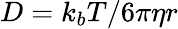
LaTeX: D=k_{b}T/6\pi\eta r